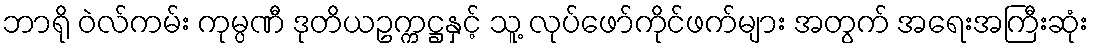
ဘာရို ဝဲလ်ကမ်း ကုမ္ပဏီ ဒုတိယဥက္ကဋ္ဌနှင့် သူ့ လုပ်ဖော်ကိုင်ဖက်များ အတွက် အရေးအကြီးဆုံး